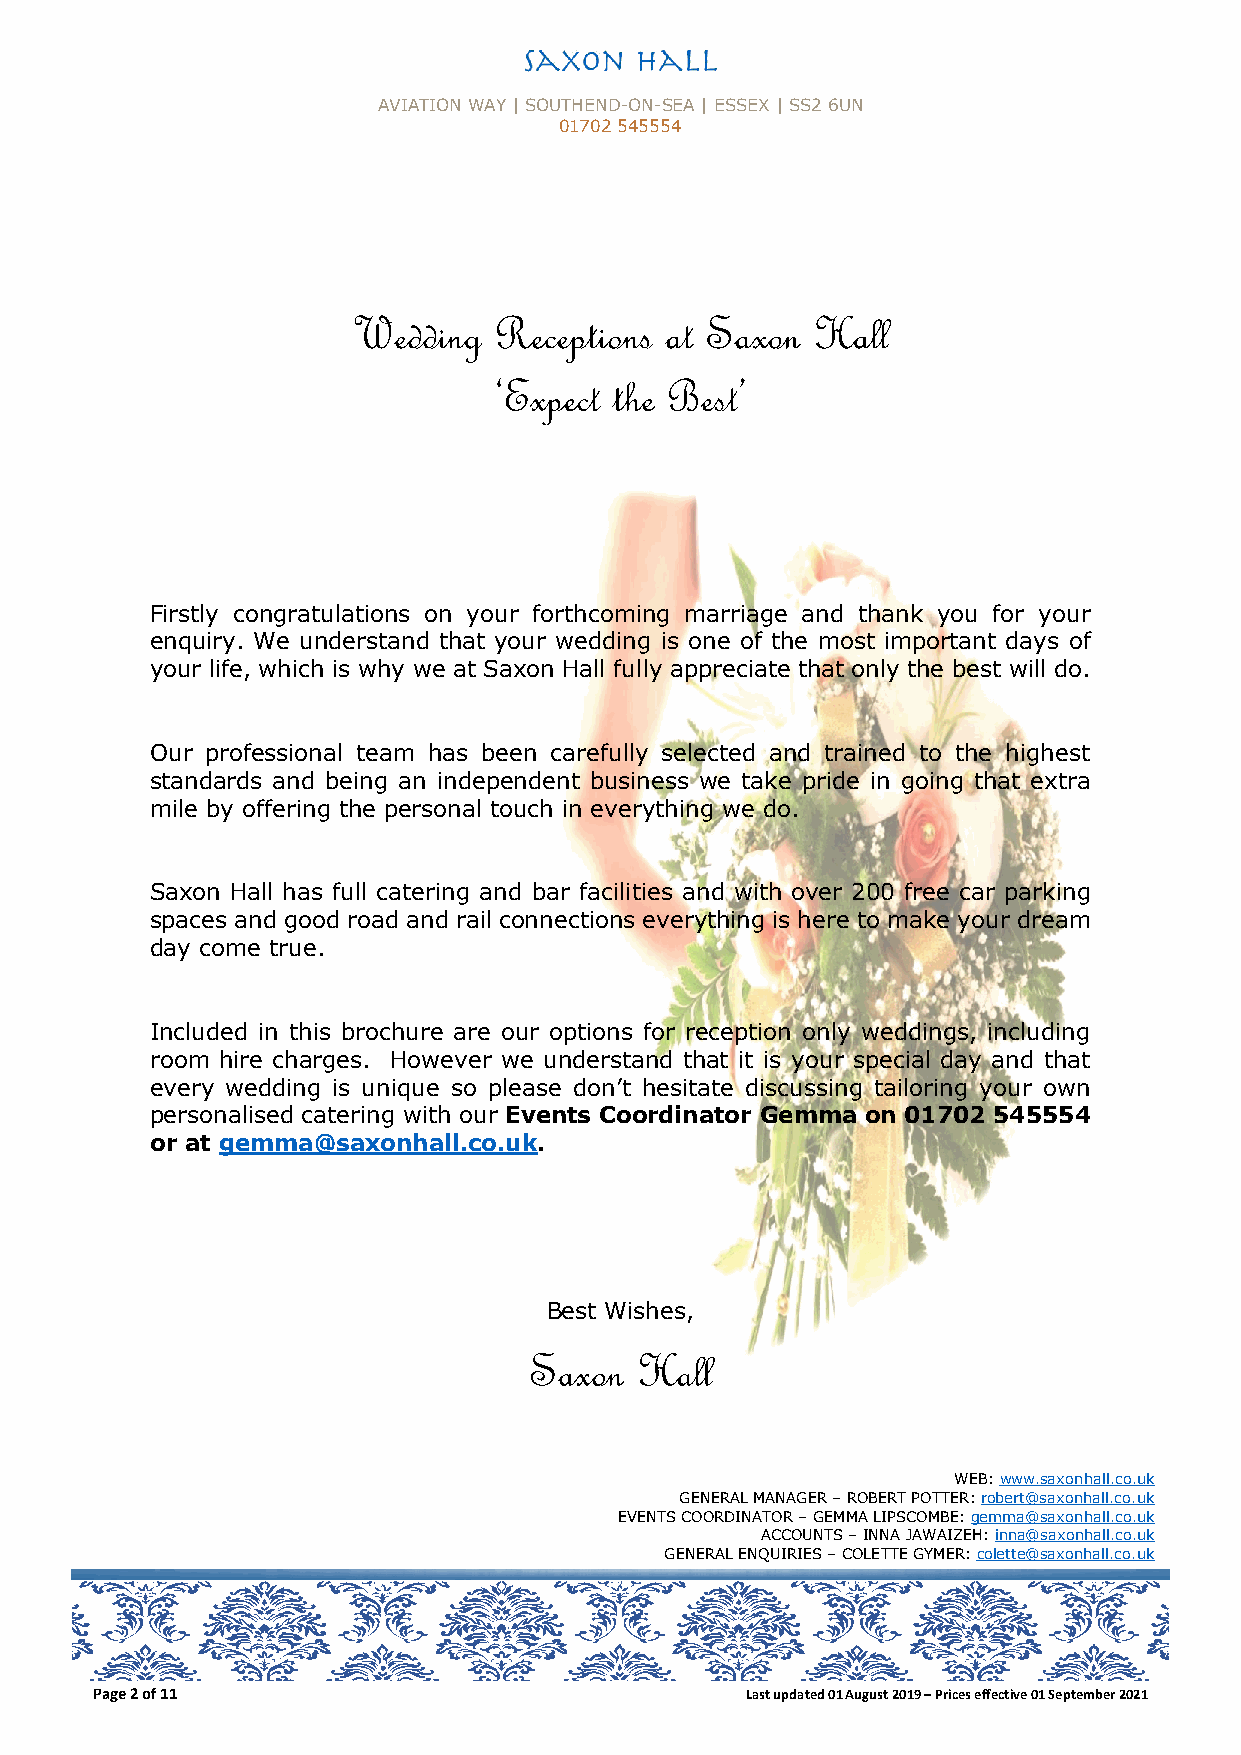
AVIATION WAY | SOUTHEND-ON-SEA | ESSEX | SS2 6UN
 01702 545554
 Wedding   Receptions at Saxon  Hall
 ‘Expect the Best’
 Firstly congratulations on your forthcoming marriage and thank you for your
 enquiry. We understand that your wedding is one of the most important days of
 your life, which is why we at Saxon Hall fully appreciate that only the best will do.
 Our professional team has been carefully selected and trained to the highest
 standards and being an independent business we take pride in going that extra
 mile by offering the personal touch in everything we do.
 Saxon Hall has full catering and bar facilities and with over 200 free car parking
 spaces and good road and rail connections everything is here to make your dream
 day come true.
 Included in this brochure are our options for reception only weddings, including
 room hire charges. However we understand that it is your special day and that
 every wedding is unique so please don’t hesitate discussing tailoring your own
 personalised catering with our Events Coordinator Gemma on 01702 545554
 or at gemma@saxonhall.co.uk.
 Best Wishes,
 Saxon  Hall
 WEB: www.saxonhall.co.uk
 GENERAL MANAGER – ROBERT POTTER: robert@saxonhall.co.uk
 EVENTS COORDINATOR – GEMMA LIPSCOMBE: gemma@saxonhall.co.uk
 ACCOUNTS – INNA JAWAIZEH: inna@saxonhall.co.uk
 GENERAL ENQUIRIES – COLETTE GYMER: colette@saxonhall.co.uk
 Page 2 of 11                               Last updated 01 August 2019 – Prices effective 01 September 2021